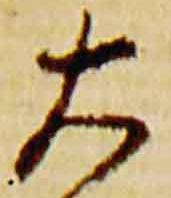
大